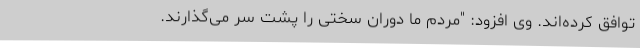
توافق کرده‌اند. وی افزود: "مردم ما دوران سختی را پشت سر می‌گذارند.